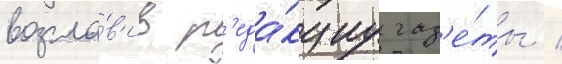
возгла́в'ив р'еда́кциу газ'е́ты /